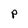
Character: P